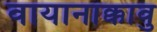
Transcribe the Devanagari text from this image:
वायानाक्कावु